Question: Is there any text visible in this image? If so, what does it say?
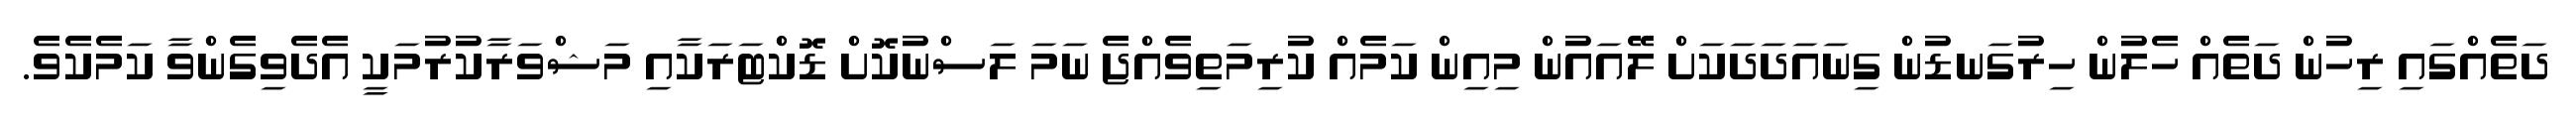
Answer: ދަތެއްގައި ރިހުން ދަތެއް ހެލުން ހިރުގަނޑުން ގިނައަދަދަކަށް ލޭއައުން މިއިން ކަމެއް ކުރިމަތިވެއްޖެ ނަމަ ލަސްނުކޮށް ޑޮކްޓަރަކާއި މަޝްވަރާކުރުމަކީ އެދެވިގެންވާ ކަމެކެވެ.